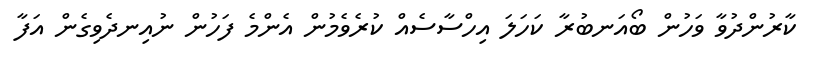
ކާރުންދުވާ ވަހުން ބޯއަނބުރާ ކަހަލަ އިހްސާސެއް ކުރެވެމުން އެންމެ ފަހުން ނުއިނދެވިގެން އަފާ